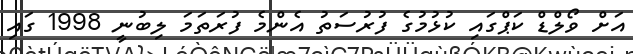
އަށް ވޯލްޑް ކަޕްގައި ކުޅުމުގެ ފުރުސަތު އެންމެ ފުރަތަމަ ލިބުނީ 1998 ގައި